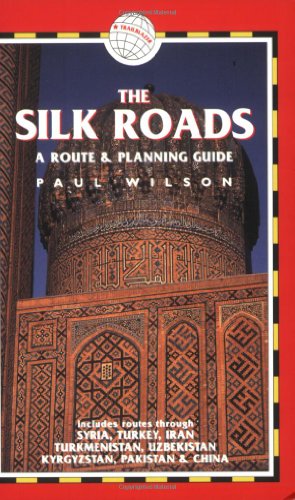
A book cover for The Silk Roads, 2nd: includes routes through Syria, Turkey, Iran, Turkmenistan, Uzbekistan, Kyrgyzstan, Pakistan and China (Silk Roads: A Route & Planning Guide); Paul Wilson; Travel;